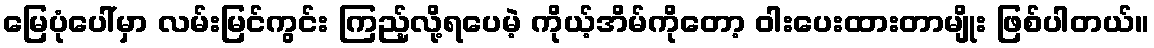
မြေပုံပေါ်မှာ လမ်းမြင်ကွင်း ကြည့်လို့ရပေမဲ့ ကိုယ့်အိမ်ကိုတော့ ဝါးပေးထားတာမျိုး ဖြစ်ပါတယ်။